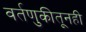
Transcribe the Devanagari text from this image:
वर्तणुकीतूनही